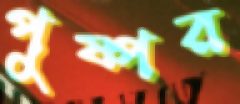
পুষ্পর